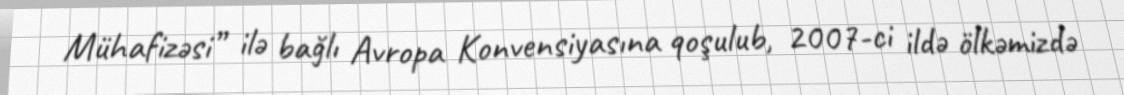
Mühafizəsi” ilə bağlı Avropa Konvensiyasına qoşulub, 2007-ci ildə ölkəmizdə